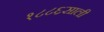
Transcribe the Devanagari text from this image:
१८८६साली